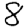
Digit: 8